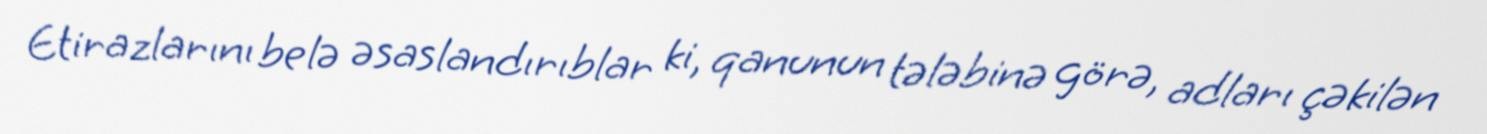
Etirazlarını belə əsaslandırıblar ki, qanunun tələbinə görə, adları çəkilən